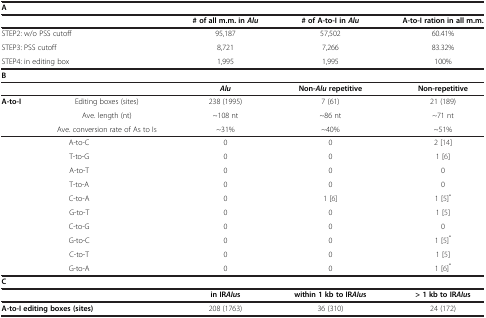
| <COLSPAN=5> A |
 | <COLSPAN=2>  | # of all m.m. in Alu | # of A-to-I in Alu | A-to-I ration in all m.m. |
 | --- | --- | --- | --- | --- |
 | <COLSPAN=2> STEP2: w/o PSS cutoff | 95,187 | 57,502 | 60.41% |
 | <COLSPAN=2> STEP3: PSS cutoff | 8,721 | 7,266 | 83.32% |
 | <COLSPAN=2> STEP4: in editing box | 1,995 | 1,995 | 100% |
 | <COLSPAN=5> B |
 | <COLSPAN=2>  | Alu | Non-Alu repetitive | Non-repetitive |
 | <ROWSPAN=2> A-to-I | Editing boxes (sites) | 238 (1995) | 7 (61) | 21 (189) |
 | Ave. length (nt) | ~108 nt | ~86 nt | ~71 nt |
 |  | Ave. conversion rate of As to Is | ~31% | ~40% | ~51% |
 | <COLSPAN=2> A-to-C | 0 | 0 | 2 [14] |
 | <COLSPAN=2> T-to-G | 0 | 0 | 1 [6] |
 | <COLSPAN=2> A-to-T | 0 | 0 | 0 |
 | <COLSPAN=2> T-to-A | 0 | 0 | 0 |
 | <COLSPAN=2> C-to-A | 0 | 1 [6] | 1 [5]* |
 | <COLSPAN=2> G-to-T | 0 | 0 | 1 [5] |
 | <COLSPAN=2> C-to-G | 0 | 0 | 0 |
 | <COLSPAN=2> G-to-C | 0 | 0 | 1 [5]* |
 | <COLSPAN=2> C-to-T | 0 | 0 | 1 [5] |
 | <COLSPAN=2> G-to-A | 0 | 0 | 1 [6]* |
 | <COLSPAN=5> C |
 | <COLSPAN=2>  | in IR AIu s | within 1 kb to IR AIu s | > 1 kb to IR AIu s |
 | <COLSPAN=2> A-to-I editing boxes (sites) | 208 (1763) | 36 (310) | 24 (172) |